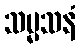
သမ္မသနံ